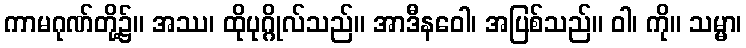
ကာမဂုဏ်တို့၌။ အဿ၊ ထိုပုဂ္ဂိုလ်သည်။ အာဒီနဝေါ၊ အပြစ်သည်။ ဝါ၊ ကို။ သမ္မာ၊